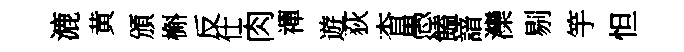
漉黄頒槲反仕肉禪遊荻杳愚饁諳灤剔竽怛